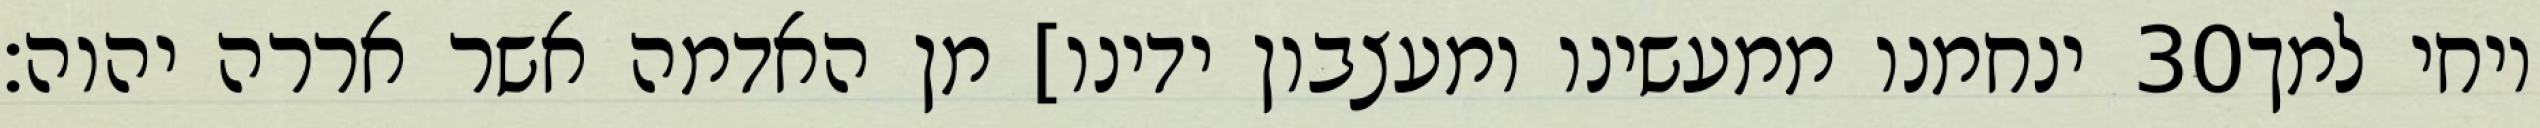
ינחמנו ממעשינו ומעצבון ידינו] מן האדמה אשר אררה יהוה׃ ‎30‏ ויחי למך